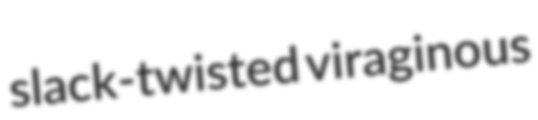
slack-twisted viraginous